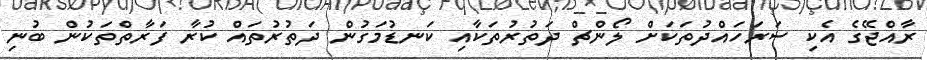
ރާއްޖޭގެ އެކި ސަރަހައްދުތަކަށް ލޯންޗް ދަތުރުތަކާއި ކަނޑުމަގުން ދަތުރުތައް ކުރާ ފަރާތްތަކުން ބުނި